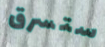
ستسرق